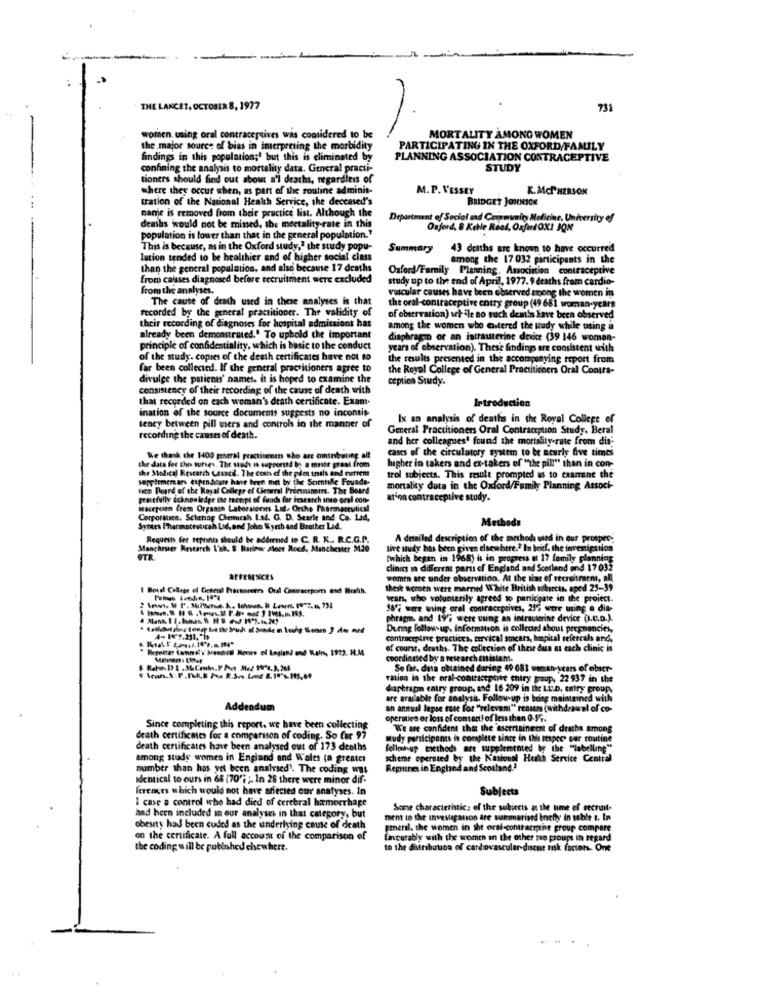
THE LANCET, OCTOBER 8, 1977
731
-
worsen. using oral contraceptives was considered to be
MORTALITY AMONG WOMEN
the major source of bias in imerpreting the morbidity
PARTICIPATING IN THE OXFORD/FAMILY
findings in this population;' but this is eliminated by
PLANNING ASSOCIATION CONTRACEPTIVE
confining the analysis to mortality data. General practi-
STUDY
tioners should find out about a'l deaths, regardless of
where they occur when, as part of the routine adminis-
M.P. VESSEY
K.McPHERSON
tration of the National Health Service, the deceased's
BRIDGET JOHNSON
name is removed from their practice list. Although the
Department of Social and Community Medicine, University of
deaths would not be missed, the mortality-rate in this
Oxford, 8 Kehle Rest, OxfutOXI JON
population is lower than that in the general population."
This is because, as in the Oxford study," the study popu-
Summary
43 deaths are known to have occurred
lation tended to be healthier and of higher social class
among the 17 032 participants in the
than the general population, and also because 17 deaths
Oxford/Family Planning. Association contraceptive
from caisses diagnosed before recruitment were excluded
study up to the end of April, 1977. 9 deaths from cardio-
from the analyses.
vascular causes have been observed among the women in
The cause of death used in these analyses is that
recorded by the general practitioner. The validity of
the oral-contraceptive entry group (49 661 woman-years
their recording of diagnoses for hospital admissions has
of observation) ich ile no such deals Lave been observed
among the women who Gustered the wudy while using a
already been demonstrated.' To uphold the important
diaphragm or an intrauterine device (39 146 woman-
principle of confidentiality, which is basic to the conduct
years of observation). These findings are consistent with
of the study. copies of the death certificates have not to
the results presented in the accompanyi
companying report from
far been collected. If the general practitioners agree to
the Royal College of General Practitioners Oral Contra-
divulge the patients' names. it is hoped to examine the
ceptico Study.
consistency of their recording of the cause of death with
that recorded on each woman's death certificate. Exam.
Introduction
ination of the source documents suggests no inconsis
Ix an analysis of deaths in the Royal College of
tency between pill wiers and control in the manner of
General Practitioners Oral Contraception Study. Beral
recording the causes of death.
and her colleagues' found the mortality rate from dis;
cases of the circulatory system to be acurly five times
We thank the 1400 potral practitioners who are coninbating alt
the data for the surses. The sade is supported by a masor pren
the Medical Research Lesacil. The costs of the pim inils and current
higher in takers and ex-takers of ""the pill" than in con-
seppiemenar expenditure have been met by the Scientific Fousde-
trol subjects. This resale prompted us to examine the
nach Board of the Royal College el Cicorral Printmanners. The Board
mortality duta in the Oxford/Family Planning Associ-
gracefully acknowledge the receipt of funds for iesearch into oral con-
at'on contraceptive study.
tracepusen frem Organen Latorstents Lol. Orthe Pharmaceutical
Corporalice. Schenog Chenich Lad. G. D. Searle and Co. Lad,
CorporMice. Schenag Chem
Methods
Synes Pharmottoticah Lad, and John Wyesh and Brother Lid.
Requests fer reprints should be addressed to C. R. K .. R.C.G.P.
A detailed description of the osethod used in our prosper.
Manchester Research \'nh. $ Barlow aloer Roed, Manchester 320
tive study has been given elsewhere." In brief, the investigation
STR
twhich began in 1968) is in progress el 17 family planning
clinics a different paru of England and Scotland and 17 032
REFERENCES
women are under observation. At the time of secreinsem, all
thesk wemen were marned White British sibercts, aped 25-39
weans, who voluntarily agreed to participate in the project.
18℃ were using oral contraceptives, 21% were using o dia-
phrag, and 19'7 were using an intrauterine device (I.c.D.).
During follow-up. information is colleced about pregnancies,
contraceptive practices, cervical smcars, heapital referrals and.
of course, deaths. The collection of these dun at each clinic is
coordinned by a research antistant.
So far. data obtained during 49 681 weman-years of obser-
ration in the oral-contraceptive thiry group, 22 937 in the
diaphragm entry group, and 16 209 in the Lit.b. entry group.
are available for analysis. Follow-up is being maintained with
Addendum
an annual lapse rote for "relevant" rensem (withdrawal of co-
operativa or loss of comtact! of less than 0-57.
Since completing this report. we have been collecting
We are confident that the aserrisineest of deaths among
death certificates for a comparison of coding. So Car 97
Mudy participants is complete since in this respect our routine
death certificates have been analysed out of 173 deaths
followup tiethods art supplemented by the "labelling"
among study women in England and Wales (a greater
scheme operated by the National Health Service Central
number than has yet been analysed'. The coding was
Repritnes in England and Scotland.2
identical to ours in 66 (70';" In 28 there were minor dif-
ferences which would not have aniecied our analyses. In
Subjects
I case a control who had died of cerebral hemorrhage
Some characteristics of the subjects at the time of cecroit-
had been included in our analyses in that category, but
ment to the investigation are suirmarised bnichts In table t. In
obesty has been cuded as the underlying cause of death
general. the women in the oral contracepthe group compare
on the certificate. A full account of the comparison of
facuabiy with the women in the other tue proups in regard
the coding will be pubinhed chewhere.
to the distribution of cardiovascular-disent tak factors- One